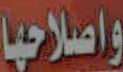
واصلاحها